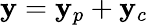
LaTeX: \mathbf{y}=\mathbf{y}_{p}+\mathbf{y}_{c}